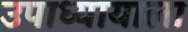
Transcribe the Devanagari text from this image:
उपाध्यायाला